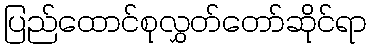
ပြည်ထောင်စုလွှတ်တော်ဆိုင်ရာ